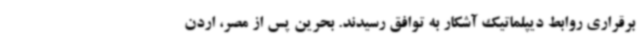
برقراری روابط دیپلماتیک آشکار به توافق رسیدند. بحرین پس از مصر، اردن